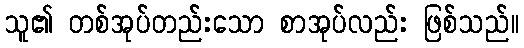
သူ၏ တစ်အုပ်တည်းသော စာအုပ်လည်း ဖြစ်သည်။